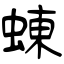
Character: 蝀